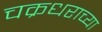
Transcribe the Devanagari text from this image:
चक्रधराच्या